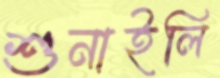
শুনাইলি